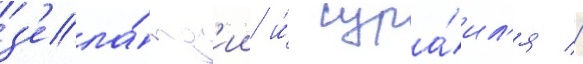
з'ела́нд'ии и́ изра́ил'я //